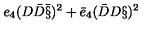
e _ { 4 } ( D \bar { D } \bar { \S } ) ^ { 2 } + \bar { e } _ { 4 } ( \bar { D } D \S ) ^ { 2 }